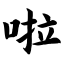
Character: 啦